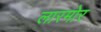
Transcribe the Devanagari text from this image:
लारमोर